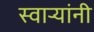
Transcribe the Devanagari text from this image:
स्वाऱ्यांनी